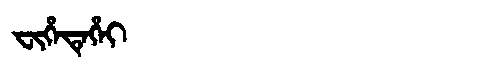
Manchu: ᠸᡳᡥᡝᡨᡝᡥᡝᡳ
Romanization: FIHETEHEI